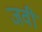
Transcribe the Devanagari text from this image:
जवी